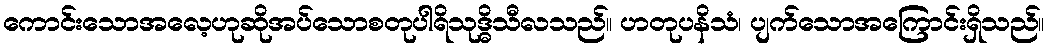
ကောင်းသောအလေ့ဟုဆိုအပ်သောစတုပါရိသုဒ္ဓိသီလသည်။ ဟတုပနိသံ၊ ပျက်သောအကြောင်းရှိသည်။